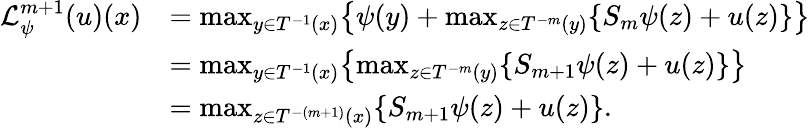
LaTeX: \begin{array}{rl}{\mathcal{L}_{\psi}^{m+1}(u)(x)}&{=\operatorname*{max}_{y\in T^{-1}(x)}\bigl\{ \psi(y)+\operatorname*{max}_{z\in T^{-m}(y)}\{ S_{m}\psi(z)+u(z)\} \bigr\} }\\ &{=\operatorname*{max}_{y\in T^{-1}(x)}\bigl\{ \operatorname*{max}_{z\in T^{-m}(y)}\{ S_{m+1}\psi(z)+u(z)\} \bigr\} }\\ &{=\operatorname*{max}_{z\in T^{-(m+1)}(x)}\{ S_{m+1}\psi(z)+u(z)\} .}\end{array}